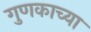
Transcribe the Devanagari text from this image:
गुणकाच्या